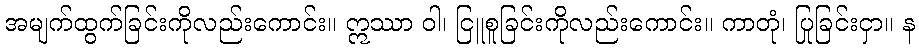
အမျက်ထွက်ခြင်းကိုလည်းကောင်း။ ဣဿာ ဝါ၊ ငြူစူခြင်းကိုလည်းကောင်း။ ကာတုံ၊ ပြုခြင်းငှာ။ န